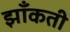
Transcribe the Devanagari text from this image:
झाँकती